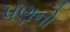
પણનો